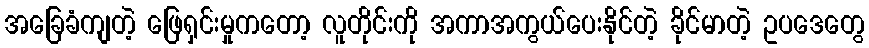
အခြေခံကျတဲ့ ဖြေရှင်းမှုကတော့ လူတိုင်းကို အကာအကွယ်ပေးနိုင်တဲ့ ခိုင်မာတဲ့ ဥပဒေတွေ